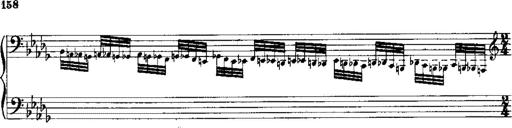
Title: RÃ©miniscences de 'Lucia di Lammermoor'
Composer: Franz Liszt